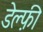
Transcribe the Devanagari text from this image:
डेल्फ़ी